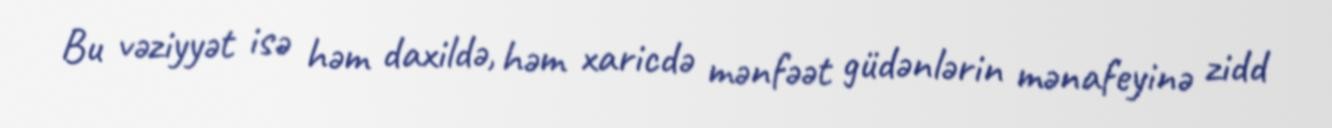
Bu vəziyyət isə həm daxildə, həm xaricdə mənfəət güdənlərin mənafeyinə zidd